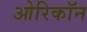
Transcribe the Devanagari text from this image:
ओरिकॉन